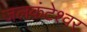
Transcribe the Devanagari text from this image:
जलकंटेश्वर